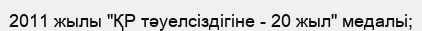
2011 жылы "ҚР тәуелсіздігіне - 20 жыл" медальі;